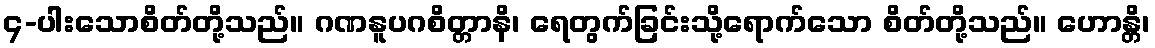
၄-ပါးသောစိတ်တို့သည်။ ဂဏနူပဂစိတ္တာနိ၊ ရေတွက်ခြင်းသို့ရောက်သော စိတ်တို့သည်။ ဟောန္တိ၊